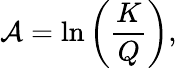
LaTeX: \mathcal{A}=\ln\left(\frac{K}{Q}\right),